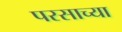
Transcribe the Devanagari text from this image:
परसाच्या